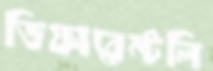
ডিফারেন্টলি